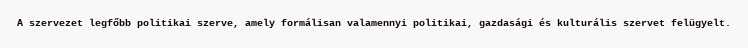
A szervezet legfőbb politikai szerve, amely formálisan valamennyi politikai, gazdasági és kulturális szervet felügyelt.